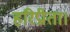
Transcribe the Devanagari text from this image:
हरिप्रीता।